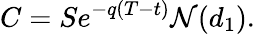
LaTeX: C=Se^{-q(T-t)}\mathcal{N}(d_{1}).